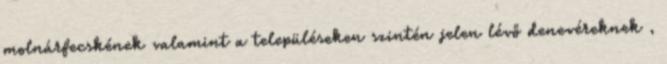
molnárfecskének valamint a településeken szintén jelen lévő denevéreknek ,